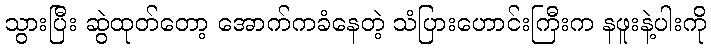
သွားပြီး ဆွဲထုတ်တော့ အောက်ကခံနေတဲ့ သံပြားဟောင်းကြီးက နဖူးနဲ့ပါးကို